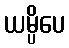
ယမ္ပိပေ